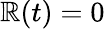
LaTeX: \mathbb{R}(t)=0